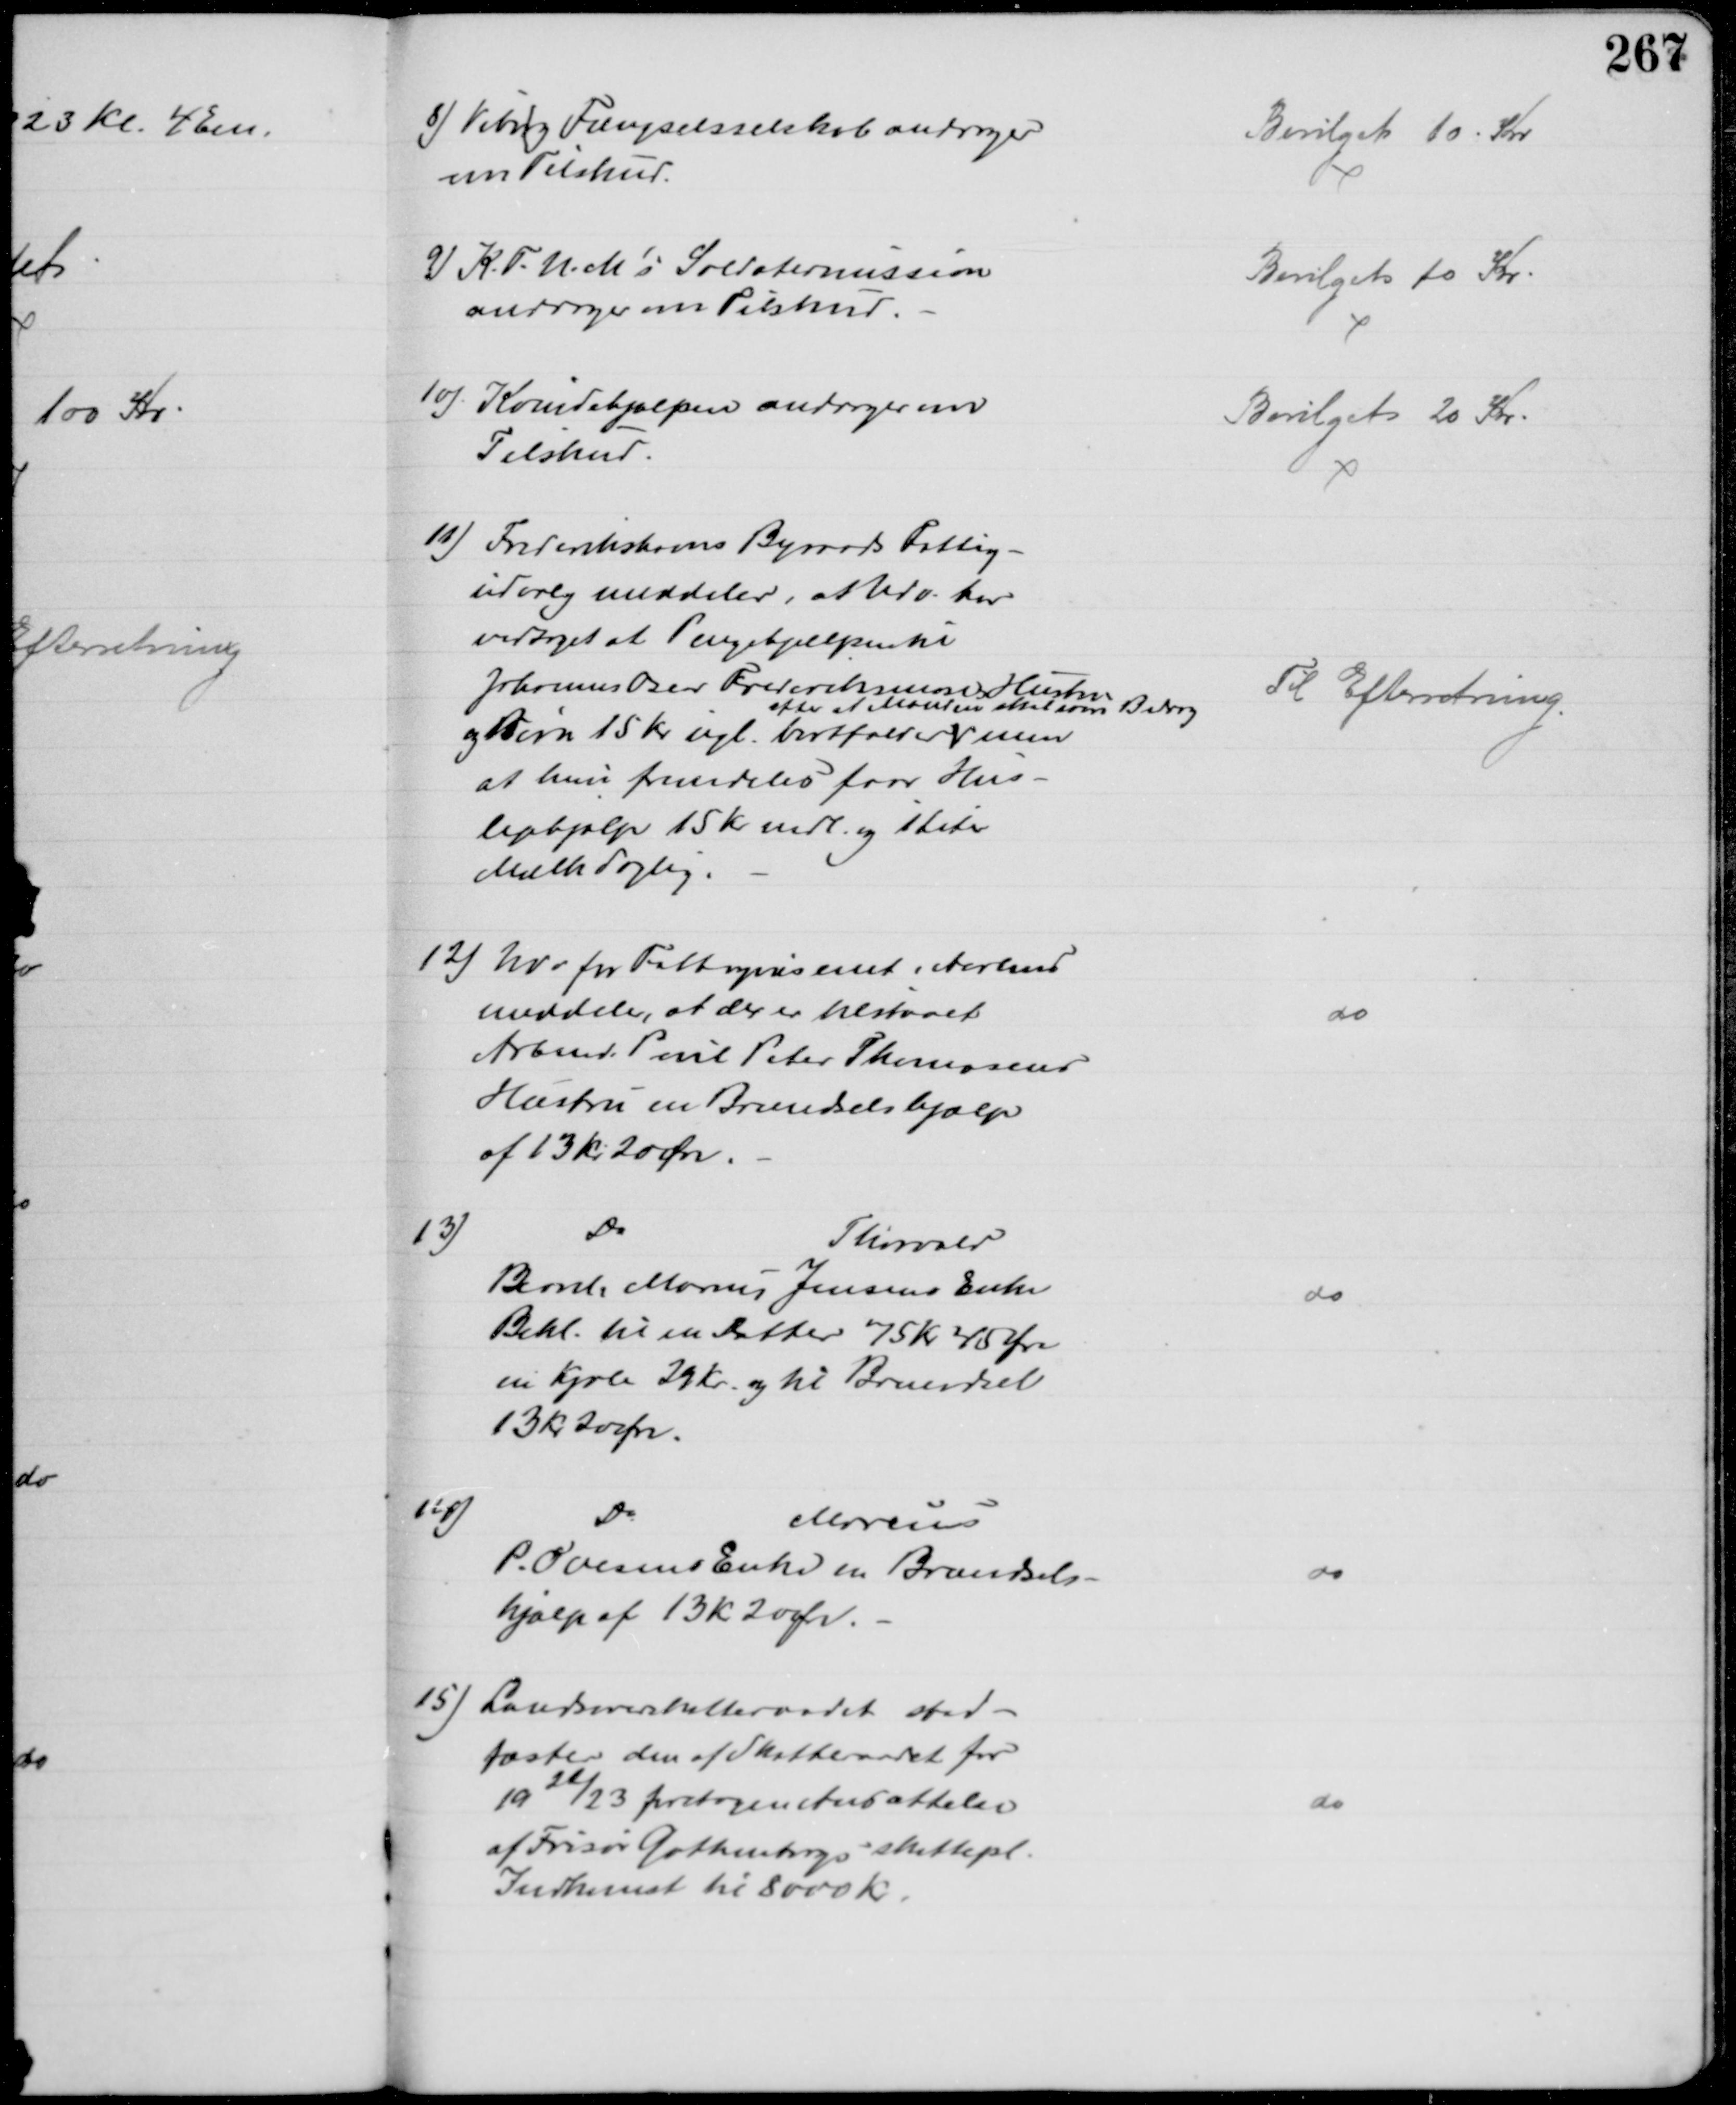
Transskription:
8) Viborg Fængselsselskab andrager
om Tilskud.
Bevilget 10 Kr
9) K.F.U.M's Soldatermission
andrager om Tilskud.
Bevilget 10 Kr
10) Kvindehjælpen andrager om
Tilskud.
Bevilget 20 Kr
11) Frederikshavns Byraads Fattig-
udvalg meddeler, at Udv. har
vedtaget at Pengehjælpen til
Johannes Oscar Frederiksmoses Hustru
og Børn 15 Kr ugl. bortfalder 
efter at Manden skal som Bidrag
men
at hun fremdeles faar Hus-
lejehjælp 15 Kr mdl. og 1 liter
Mælk daglig.
Til Efterretning
12) Udv for Fattigvæsenet i Aarhus
meddeler, at der er tilstaaet
Arbmd. Poul Peter Thomsens
Hustru en Brændselshjælp
af 13 kr 20 Øre.
do
13)
Do
Thorvald
Bernh. Marius Jensens Enke
Bekl. til en Datter 75 Kr 45 Øre
en Kjole 29 Kr. og til Brændsel
13 kr 20 Øre.
do
14)
Do
Marius
P. Ovesens Enke en Brændsels-
hjælp af 13 kr 20 Ør
do
15) Landsoverskatteraadet stad-
fæster den af Skatteraadet for
1922/23 foretagen Ansættelse
af Frisør Gothenborgs skattepl.
Indkomst til 8000 Kr.
do